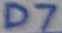
Text: D7